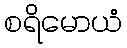
စရိမောယံ